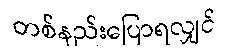
တစ်နည်းပြောရလျှင်